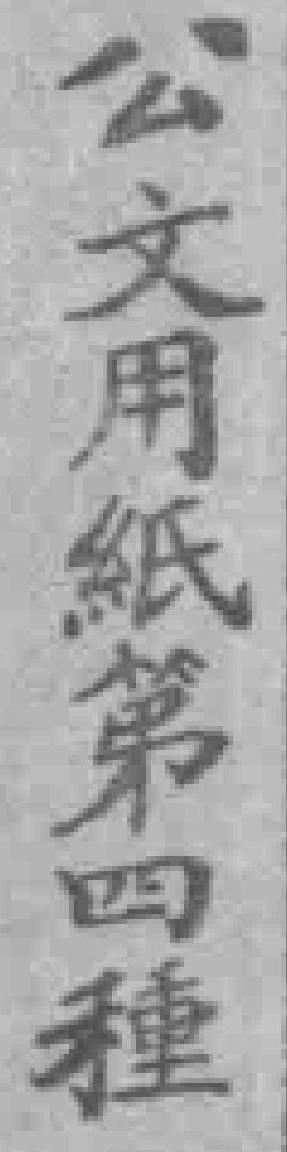
公文用紙第四種